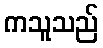
ကသူသည်